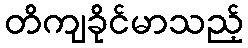
တိကျခိုင်မာသည့်